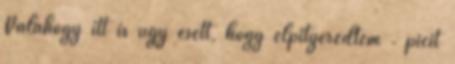
Valahogy itt is úgy esett, hogy elpityeredtem . picit